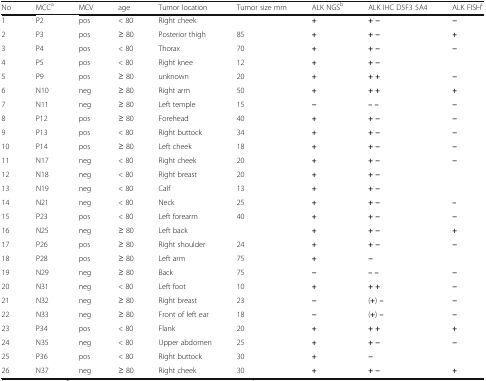
<table><thead><tr><td><b>No</b></td><td><b>MCC<sup>a</sup></b></td><td><b>MCV</b></td><td><b>age</b></td><td><b>Tumor location</b></td><td><b>Tumor size mm</b></td><td><b>ALK NGS<sup>b</sup></b></td><td><b>ALK IHC D5F3 5A4</b></td><td><b>ALK FISH<sup>c</sup></b></td></tr></thead><tbody><tr><td>1</td><td>P2</td><td>pos</td><td>&lt; 80</td><td>Right cheek</td><td></td><td><b>+</b></td><td><b>+ −</b></td><td><b>−</b></td></tr><tr><td>2</td><td>P3</td><td>pos</td><td>≥ 80</td><td>Posterior thigh</td><td>85</td><td><b>+</b></td><td><b>+ −</b></td><td><b>+</b></td></tr><tr><td>3</td><td>P4</td><td>pos</td><td>&lt; 80</td><td>Thorax</td><td>70</td><td><b>+</b></td><td><b>+ −</b></td><td><b>−</b></td></tr><tr><td>4</td><td>P5</td><td>pos</td><td>&lt; 80</td><td>Right knee</td><td>12</td><td><b>+</b></td><td><b>+ −</b></td><td></td></tr><tr><td>5</td><td>P9</td><td>pos</td><td>≥ 80</td><td>unknown</td><td>20</td><td><b>+</b></td><td><b>+ +</b></td><td><b>−</b></td></tr><tr><td>6</td><td>N10</td><td>neg</td><td>≥ 80</td><td>Right arm</td><td>50</td><td><b>+</b></td><td><b>+ +</b></td><td><b>+</b></td></tr><tr><td>7</td><td>N11</td><td>neg</td><td>≥ 80</td><td>Left temple</td><td>15</td><td><b>−</b></td><td><b>– –</b></td><td><b>−</b></td></tr><tr><td>8</td><td>P12</td><td>pos</td><td>≥ 80</td><td>Forehead</td><td>40</td><td><b>+</b></td><td><b>+ −</b></td><td><b>−</b></td></tr><tr><td>9</td><td>P13</td><td>pos</td><td>&lt; 80</td><td>Right buttock</td><td>34</td><td><b>+</b></td><td><b>+ −</b></td><td><b>−</b></td></tr><tr><td>10</td><td>P14</td><td>pos</td><td>≥ 80</td><td>Left cheek</td><td>18</td><td><b>+</b></td><td><b>+ −</b></td><td><b>−</b></td></tr><tr><td>11</td><td>N17</td><td>neg</td><td>&lt; 80</td><td>Right cheek</td><td>20</td><td><b>+</b></td><td><b>+ −</b></td><td><b>−</b></td></tr><tr><td>12</td><td>N18</td><td>neg</td><td>&lt; 80</td><td>Right breast</td><td>20</td><td><b>+</b></td><td><b>+ −</b></td><td></td></tr><tr><td>13</td><td>N19</td><td>neg</td><td>&lt; 80</td><td>Calf</td><td>13</td><td><b>+</b></td><td><b>+ −</b></td><td></td></tr><tr><td>14</td><td>N21</td><td>neg</td><td>&lt; 80</td><td>Neck</td><td>25</td><td><b>+</b></td><td><b>+ −</b></td><td><b>–</b></td></tr><tr><td>15</td><td>P23</td><td>pos</td><td>&lt; 80</td><td>Left forearm</td><td>40</td><td><b>+</b></td><td><b>+ −</b></td><td><b>−</b></td></tr><tr><td>16</td><td>N25</td><td>neg</td><td>≥ 80</td><td>Left back</td><td></td><td><b>+</b></td><td><b>+ −</b></td><td><b>+</b></td></tr><tr><td>17</td><td>P26</td><td>pos</td><td>≥ 80</td><td>Right shoulder</td><td>24</td><td><b>+</b></td><td><b>+ −</b></td><td><b>−</b></td></tr><tr><td>18</td><td>P28</td><td>pos</td><td>≥ 80</td><td>Left arm</td><td>75</td><td><b>+</b></td><td><b>−</b></td><td></td></tr><tr><td>19</td><td>N29</td><td>neg</td><td>≥ 80</td><td>Back</td><td>75</td><td><b>−</b></td><td><b>– –</b></td><td><b>−</b></td></tr><tr><td>20</td><td>N31</td><td>neg</td><td>&lt; 80</td><td>Left foot</td><td>10</td><td><b>+</b></td><td><b>+ +</b></td><td><b>−</b></td></tr><tr><td>21</td><td>N32</td><td>neg</td><td>≥ 80</td><td>Right breast</td><td>23</td><td><b>−</b></td><td>(<b>+</b>) <b>–</b></td><td><b>−</b></td></tr><tr><td>22</td><td>N33</td><td>neg</td><td>≥ 80</td><td>Front of left ear</td><td>18</td><td><b>−</b></td><td>(<b>+</b>) <b>–</b></td><td><b>−</b></td></tr><tr><td>23</td><td>P34</td><td>pos</td><td>&lt; 80</td><td>Flank</td><td>20</td><td><b>+</b></td><td><b>+ +</b></td><td><b>+</b></td></tr><tr><td>24</td><td>N35</td><td>neg</td><td>&lt; 80</td><td>Upper abdomen</td><td>25</td><td><b>+</b></td><td><b>+ −</b></td><td><b>−</b></td></tr><tr><td>25</td><td>P36</td><td>pos</td><td>&lt; 80</td><td>Right buttock</td><td>30</td><td><b>+</b></td><td><b>−</b></td><td></td></tr><tr><td>26</td><td>N37</td><td>neg</td><td>≥ 80</td><td>Right cheek</td><td>30</td><td><b>+</b></td><td><b>+ −</b></td><td><b>+</b></td></tr></tbody></table>